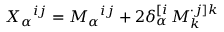
X _ { \alpha } { } ^ { i j } = M _ { \alpha } { } ^ { i j } + 2 \delta _ { \alpha } ^ { [ i } \, M _ { k } ^ { \cdot j ] k }